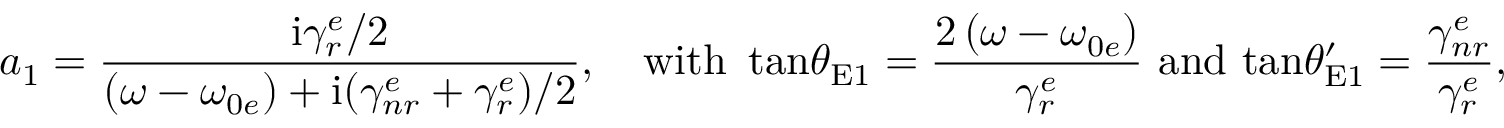
a _ { 1 } = \frac { \mathrm { i } \gamma _ { r } ^ { e } / 2 } { \left( \omega - \omega _ { 0 e } \right) + \mathrm { i } ( \gamma _ { n r } ^ { e } + \gamma _ { r } ^ { e } ) / 2 } , \quad \mathrm { w i t h } \, \, \, \mathrm { t a n } \theta _ { \mathrm { E } 1 } = \frac { 2 \left( \omega - \omega _ { 0 e } \right) } { \gamma _ { r } ^ { e } } \, \, \mathrm { a n d } \, \, \mathrm { t a n } \theta _ { \mathrm { E } 1 } ^ { \prime } = \frac { \gamma _ { n r } ^ { e } } { \gamma _ { r } ^ { e } } ,